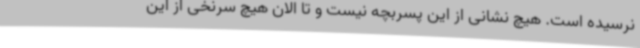
نرسیده است. هیچ نشانی از این پسربچه نیست و تا الان هیچ سرنخی از این